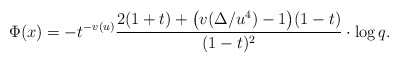
\begin{align*}\Phi(x)=- t^{-v(u)} \frac{2 (1+ t) + \bigl(v(\Delta/u^4)-1\bigr)(1- t)}{(1 - t)^2}\cdot \log q.\end{align*}